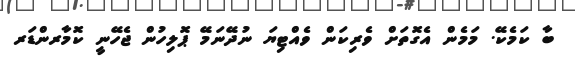
ބާ ކަމެކޭ. މަމެން އެގޮތަށް ވެރިކަން ވެއްޓިޔަ ނުދޭނަމޭ ޕޮލިހުން ޖެހޭނީ ކޮމާރންޑަރ